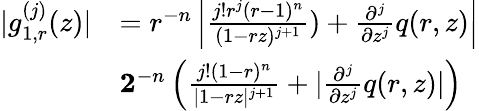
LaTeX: \begin{array}{rl}{|g_{1,r}^{(j)}(z)|}&{=r^{-n}\left|\frac{j!r^{j}(r-1)^{n}}{(1-rz)^{j+1}})+\frac{\partial^{j}}{\partial z^{j}}q(r,z)\right|}\\ &{\le 2^{-n}\left(\frac{j!(1-r)^{n}}{|1-rz|^{j+1}}+|\frac{\partial^{j}}{\partial z^{j}}q(r,z)|\right)}\end{array}